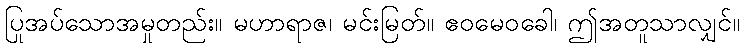
ပြုအပ်သောအမှုတည်း။ မဟာရာဇ၊ မင်းမြတ်။ ဧဝမေဝခေါ၊ ဤအတူသာလျှင်။